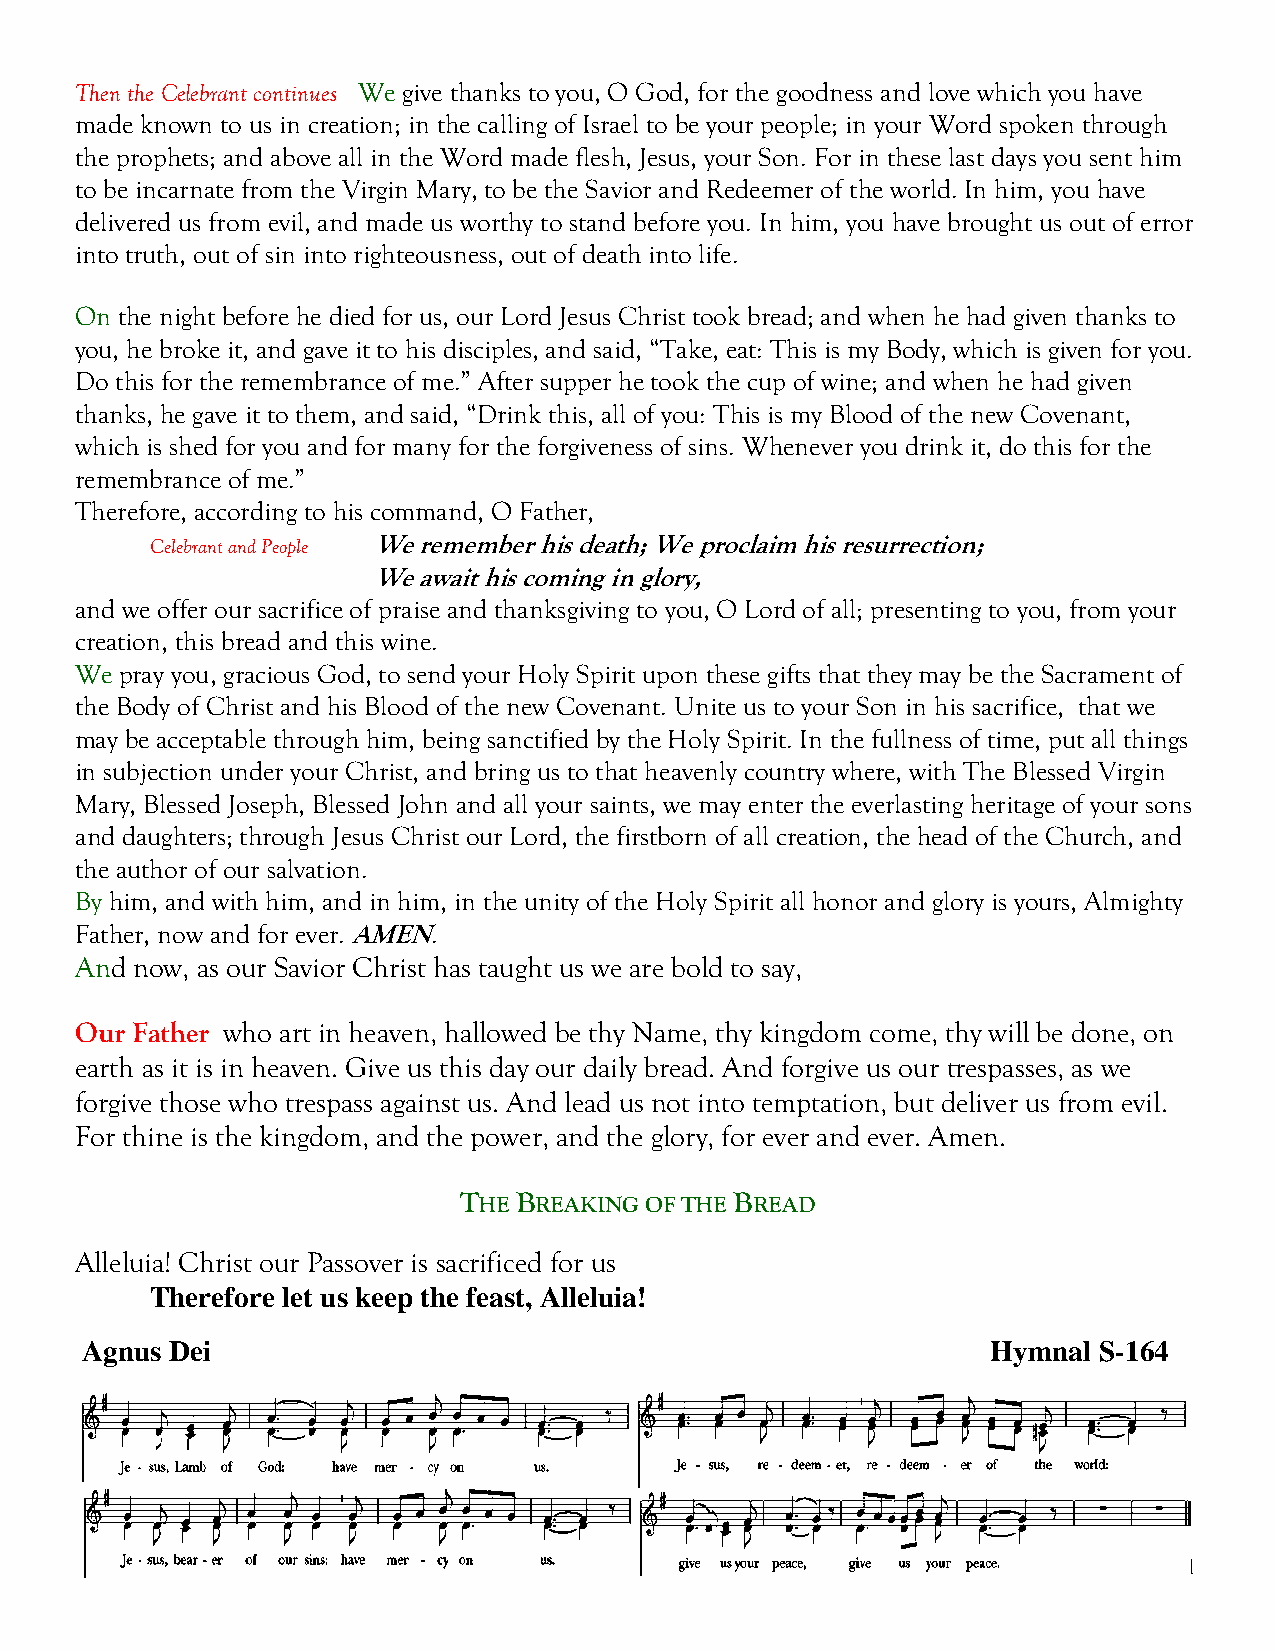
Then the Celebrant continues We give thanks to you, O God, for the goodness and love which you have
 made known to us in creation; in the calling of Israel to be your people; in your Word spoken through
 the prophets; and above all in the Word made flesh, Jesus, your Son. For in these last days you sent him
 to be incarnate from the Virgin Mary, to be the Savior and Redeemer of the world. In him, you have
 delivered us from evil, and made us worthy to stand before you. In him, you have brought us out of error
 into truth, out of sin into righteousness, out of death into life.
 On the night before he died for us, our Lord Jesus Christ took bread; and when he had given thanks to
 you, he broke it, and gave it to his disciples, and said, “Take, eat: This is my Body, which is given for you.
 Do this for the remembrance of me.” After supper he took the cup of wine; and when he had given
 thanks, he gave it to them, and said, “Drink this, all of you: This is my Blood of the new Covenant,
 which is shed for you and for many for the forgiveness of sins. Whenever you drink it, do this for the
 remembrance of me.”
 Therefore, according to his command, O Father,
 Celebrant and People We remember his death; We proclaim his resurrection;
 We await his coming in glory,
 and we offer our sacrifice of praise and thanksgiving to you, O Lord of all; presenting to you, from your
 creation, this bread and this wine.
 We pray you, gracious God, to send your Holy Spirit upon these gifts that they may be the Sacrament of
 the Body of Christ and his Blood of the new Covenant. Unite us to your Son in his sacrifice, that we
 may be acceptable through him, being sanctified by the Holy Spirit. In the fullness of time, put all things
 in subjection under your Christ, and bring us to that heavenly country where, with The Blessed Virgin
 Mary, Blessed Joseph, Blessed John and all your saints, we may enter the everlasting heritage of your sons
 and daughters; through Jesus Christ our Lord, the firstborn of all creation, the head of the Church, and
 the author of our salvation.
 By him, and with him, and in him, in the unity of the Holy Spirit all honor and glory is yours, Almighty
 Father, now and for ever. AMEN.
 And now, as our Savior Christ has taught us we are bold to say,
 Our Father who art in heaven, hallowed be thy Name, thy kingdom come, thy will be done, on
 earth as it is in heaven. Give us this day our daily bread. And forgive us our trespasses, as we
 forgive those who trespass against us. And lead us not into temptation, but deliver us from evil.
 For thine is the kingdom, and the power, and the glory, for ever and ever. Amen.
 THE BREAKING OF THE BREAD
 Alleluia! Christ our Passover is sacrificed for us
 Therefore let us keep the feast, Alleluia!
 Agnus Dei                                                    Hymnal S-164
 11